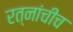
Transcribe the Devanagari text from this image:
रत्नांचीच